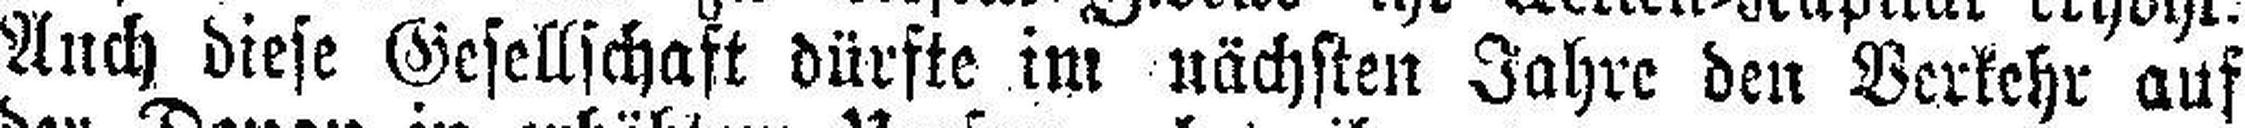
Auch diese Gesellschaft dürfte im nächsten Jahre den Verkehr auf